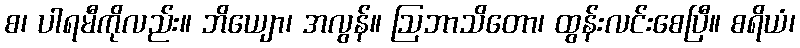
စ၊ ပါရမီကိုလည်း။ ဘိယျော၊ အလွန်။ ဩဘာသိတော၊ ထွန်းလင်းစေပြီ။ စရိယံ၊